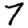
Digit: 7